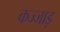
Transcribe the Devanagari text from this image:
कज्जाड़